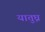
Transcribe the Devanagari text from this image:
यातुघ्न